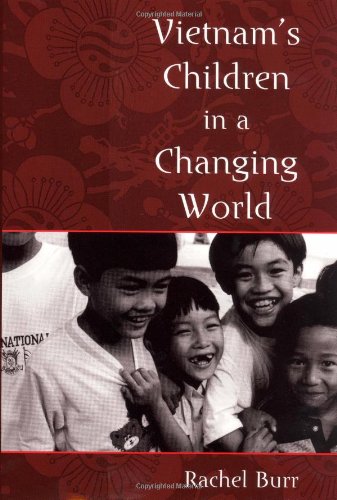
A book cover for Vietnam's Children in a Changing World (Rutgers Series in Childhood Studies); Rachel Burr; Science & Math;